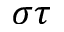
\sigma \tau